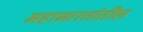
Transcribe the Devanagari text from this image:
महाभारतांतील